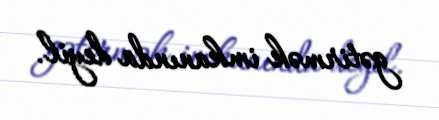
gətirmək imkanında deyil.